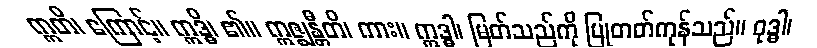
ဣတိ၊ ကြောင့်။ ဣဒ္ဓိ၊ ၏။ ဣဇ္ဈန္တီတိ၊ ကား။ ဣဒ္ဓါ၊ မြတ်သည်ကို ပြုတတ်ကုန်သည်။ ဝုဒ္ဓါ၊